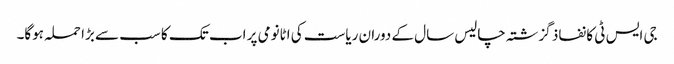
جی ایس ٹی کا نفاذ گزشتہ چالیس سال کے دوران ریاست کی اٹانومی پر اب تک کا سب سے بڑا حملہ ہوگا۔